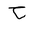
Letter: _ha